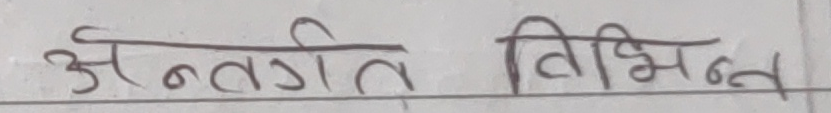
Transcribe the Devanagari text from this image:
अन्तर्गत विभिन्न